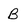
Character: B